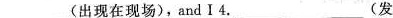
___(出现在现场), and I 4.___(发